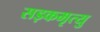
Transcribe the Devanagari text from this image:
सड़कमृत्यु